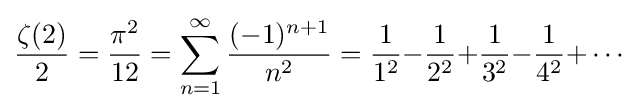
{\frac {{\zeta }(2)}{2}}={\frac {\pi ^{2}}{12}}=\sum _{n=1}^{\infty }{\frac {(-1)^{n+1}}{n^{2}}}={\frac {1}{1^{2}}}{-}{\frac {1}{2^{2}}}{+}{\frac {1}{3^{2}}}{-}{\frac {1}{4^{2}}}{+}\cdots